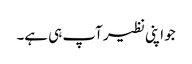
جو اپنی نظیر آپ ہی ہے۔